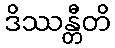
ဒိဿန္တီတိ